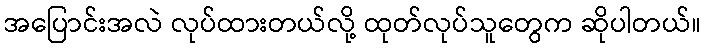
အပြောင်းအလဲ လုပ်ထားတယ်လို့ ထုတ်လုပ်သူတွေက ဆိုပါတယ်။